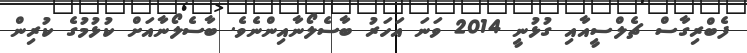
ފެބްރިގާސް ޗެލްސީއާއި ގުޅުނީ 2014 ވަނަ އަހަރު ބާސެލޯނާއިންނެވެ. ބާސެލޯނާއަށް ކުޅުމުގެ ކުރިން